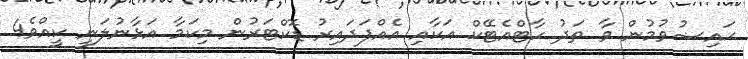
ޙައިޟުވުމުން ވާ ތަދު ހާޓްއެޓޭކް އަކާއި އެއްފަދައިރު ޑޮކްޓަރުން މިކަމާ އަޅާނުލަނީ ކީއްވެ4